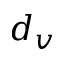
d _ { v }